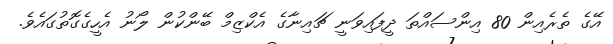
އޭގެ ތެރެއިން 80 އިންސައްތަ ދީފައިވަނީ ޗައިނާގެ އެކްޒިމް ބޭންކުން ލޯނު އެހީގެގޮތުގައެވެ.